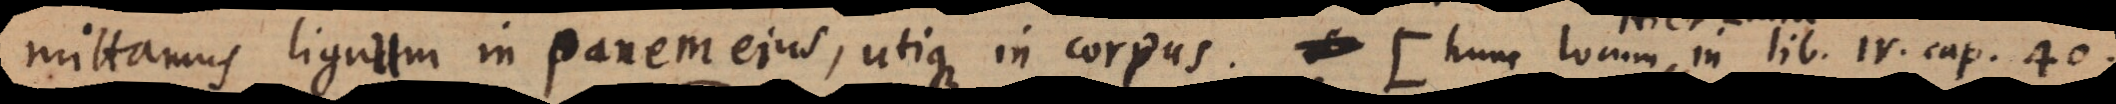
mittamus lignum in panem ejus, utique in corpus (: hunc locum in lib. IV. cap. 40.